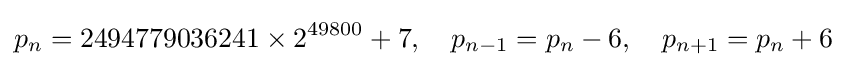
p_{n}=2494779036241\times 2^{49800}+7,\quad p_{n-1}=p_{n}-6,\quad p_{n+1}=p_{n}+6